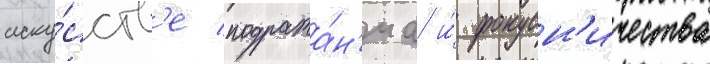
иску́сств'е подража́н'иа и́ фокусн'ичества